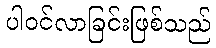
ပါဝင်လာခြင်းဖြစ်သည်